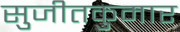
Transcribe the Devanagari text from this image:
सुजीतकुमार